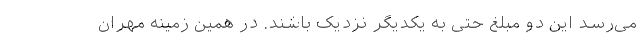
می‌رسد این دو مبلغ حتی به یکدیگر نزدیک باشند. در همین زمینه مهران